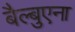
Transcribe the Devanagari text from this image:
बैल्बुएना